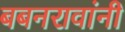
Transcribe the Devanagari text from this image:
बबनरावांनी